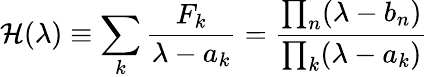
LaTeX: {\cal H}(\lambda)\equiv\sum_{k}{\frac{F_{k}}{\lambda-a_{k}}}={\frac{\prod_{n}(\lambda-b_{n})}{\prod_{k}(\lambda-a_{k})}}